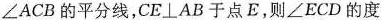
\angle ACB的平分线，CE\perp AB于点E，则\angle ECD的度